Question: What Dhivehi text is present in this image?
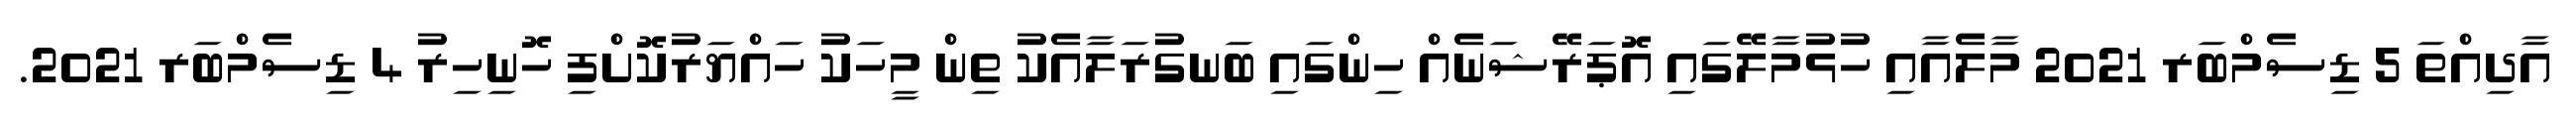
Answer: އާދިއްތަ 5 ޑިސެމްބަރ 2021 މާލެއާއި ހުޅުމާލޭގައި އޮޕަރޭޝަނެއް ހިންގައި ބަނގުރަލާއެކު ތިން މީހަކު ހައްޔަރުކޮށްފި ހޮނިހިރު 4 ޑިސެމްބަރ 2021.